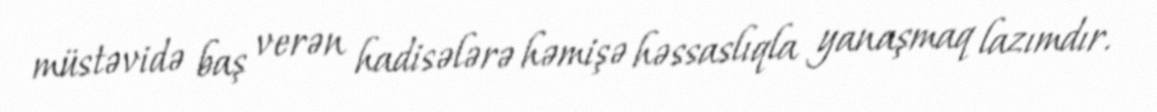
müstəvidə baş verən hadisələrə həmişə həssaslıqla yanaşmaq lazımdır.